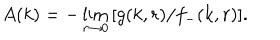
LaTeX: A ( k ) = - \lim _ { r \to 0 } \, [ g ( k , r ) / f _ { - } ( k , r ) ] .